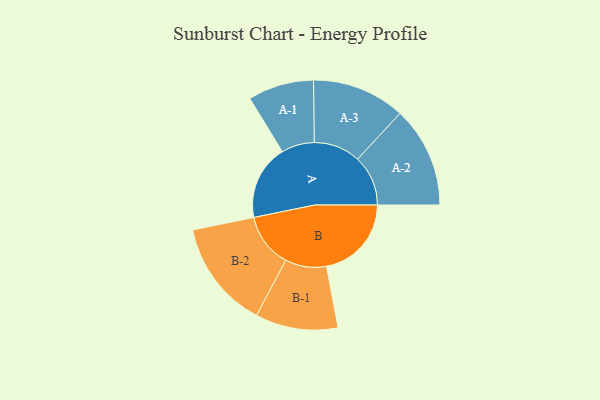
{"axis": {"x": "Segment", "y": "Value"}, "legend": ["", "A", "B"], "data": [{"x": "A", "y": 407, "type": ""}, {"x": "B", "y": 461, "type": ""}, {"x": "A-1", "y": 179, "type": "A"}, {"x": "A-2", "y": 274, "type": "A"}, {"x": "A-3", "y": 253, "type": "A"}, {"x": "B-1", "y": 224, "type": "B"}, {"x": "B-2", "y": 294, "type": "B"}]}